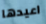
اعيدها